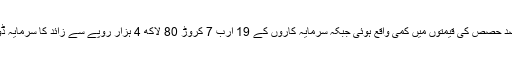
64 فیصد حصص کی قیمتوں میں کمی واقع ہوئی جبکہ سرمایہ کاروں کے 19 ارب 7 کروڑ 80 لاکھ 4 ہزار روپے سے زائد کا سرمایہ ڈوب گیا۔